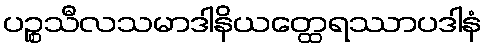
ပဉ္စသီလသမာဒါနိယတ္ထေရဿာပဒါနံ